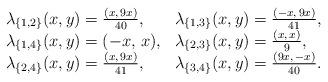
LaTeX: \begin{align*}\begin{array}{ll}\lambda_{\{1,2\}}(x,y) = \frac{(x,\, 9x)}{40}, &\lambda_{\{1,3\}}(x,y) = \frac{(-x,\, 9x)}{41}, \\\lambda_{\{1,4\}}(x,y) = (-x,\, x), &\lambda_{\{2,3\}}(x,y) = \frac{(x,\, x)}{9},\\\lambda_{\{2,4\}}(x,y) = \frac{(x,\, 9x)}{41}, &\lambda_{\{3,4\}}(x,y) = \frac{(9x,\, -x)}{40}.\end{array}\end{align*}